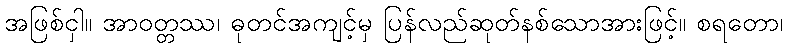
အဖြစ်ငှါ။ အာဝတ္တဿ၊ ဓုတင်အကျင့်မှ ပြန်လည်ဆုတ်နစ်သောအားဖြင့်။ စရတော၊